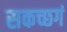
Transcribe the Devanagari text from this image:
सकच्छगं